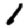
Digit: 1